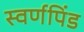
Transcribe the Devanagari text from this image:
स्वर्णपिंड